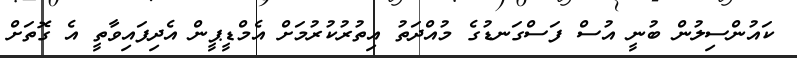
ކައުންސިލުން ބުނީ އުސް ފަސްގަނޑުގެ މުއްދަތު އިތުރުކުރުމަށް އެމްޑީޕީން އެދިފައިވާތީ އެ ގޮތަށް